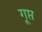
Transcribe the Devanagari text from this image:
गूप्त